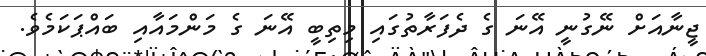
ޖީނާއަށް ނޭގުނީ އޭނަ ގެ ދެފަރާތުގައި މިތިބީ އޭނަ ގެ މަންމައާއި ބައްޕަކަމެވެ.